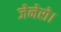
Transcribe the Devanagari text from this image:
जेनेरो।